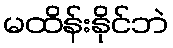
မထိန်းနိုင်ဘဲ